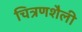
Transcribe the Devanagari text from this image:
चित्रणशैली